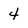
Character: 4